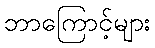
ဘာကြောင့်များ